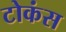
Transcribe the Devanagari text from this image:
टोकंस